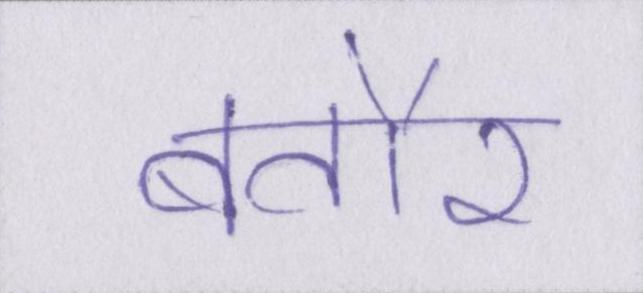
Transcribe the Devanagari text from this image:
बतौर